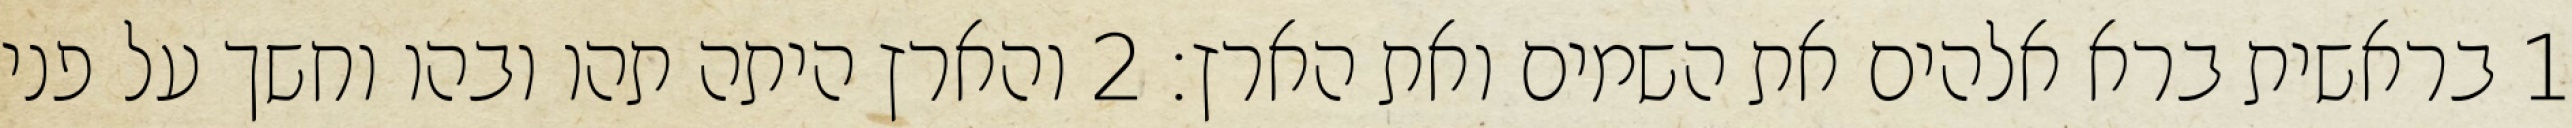
1 בראשית ברא אלהים את השמים ואת הארץ׃ ‎2‏ והארץ היתה תהו ובהו וחשך על פני